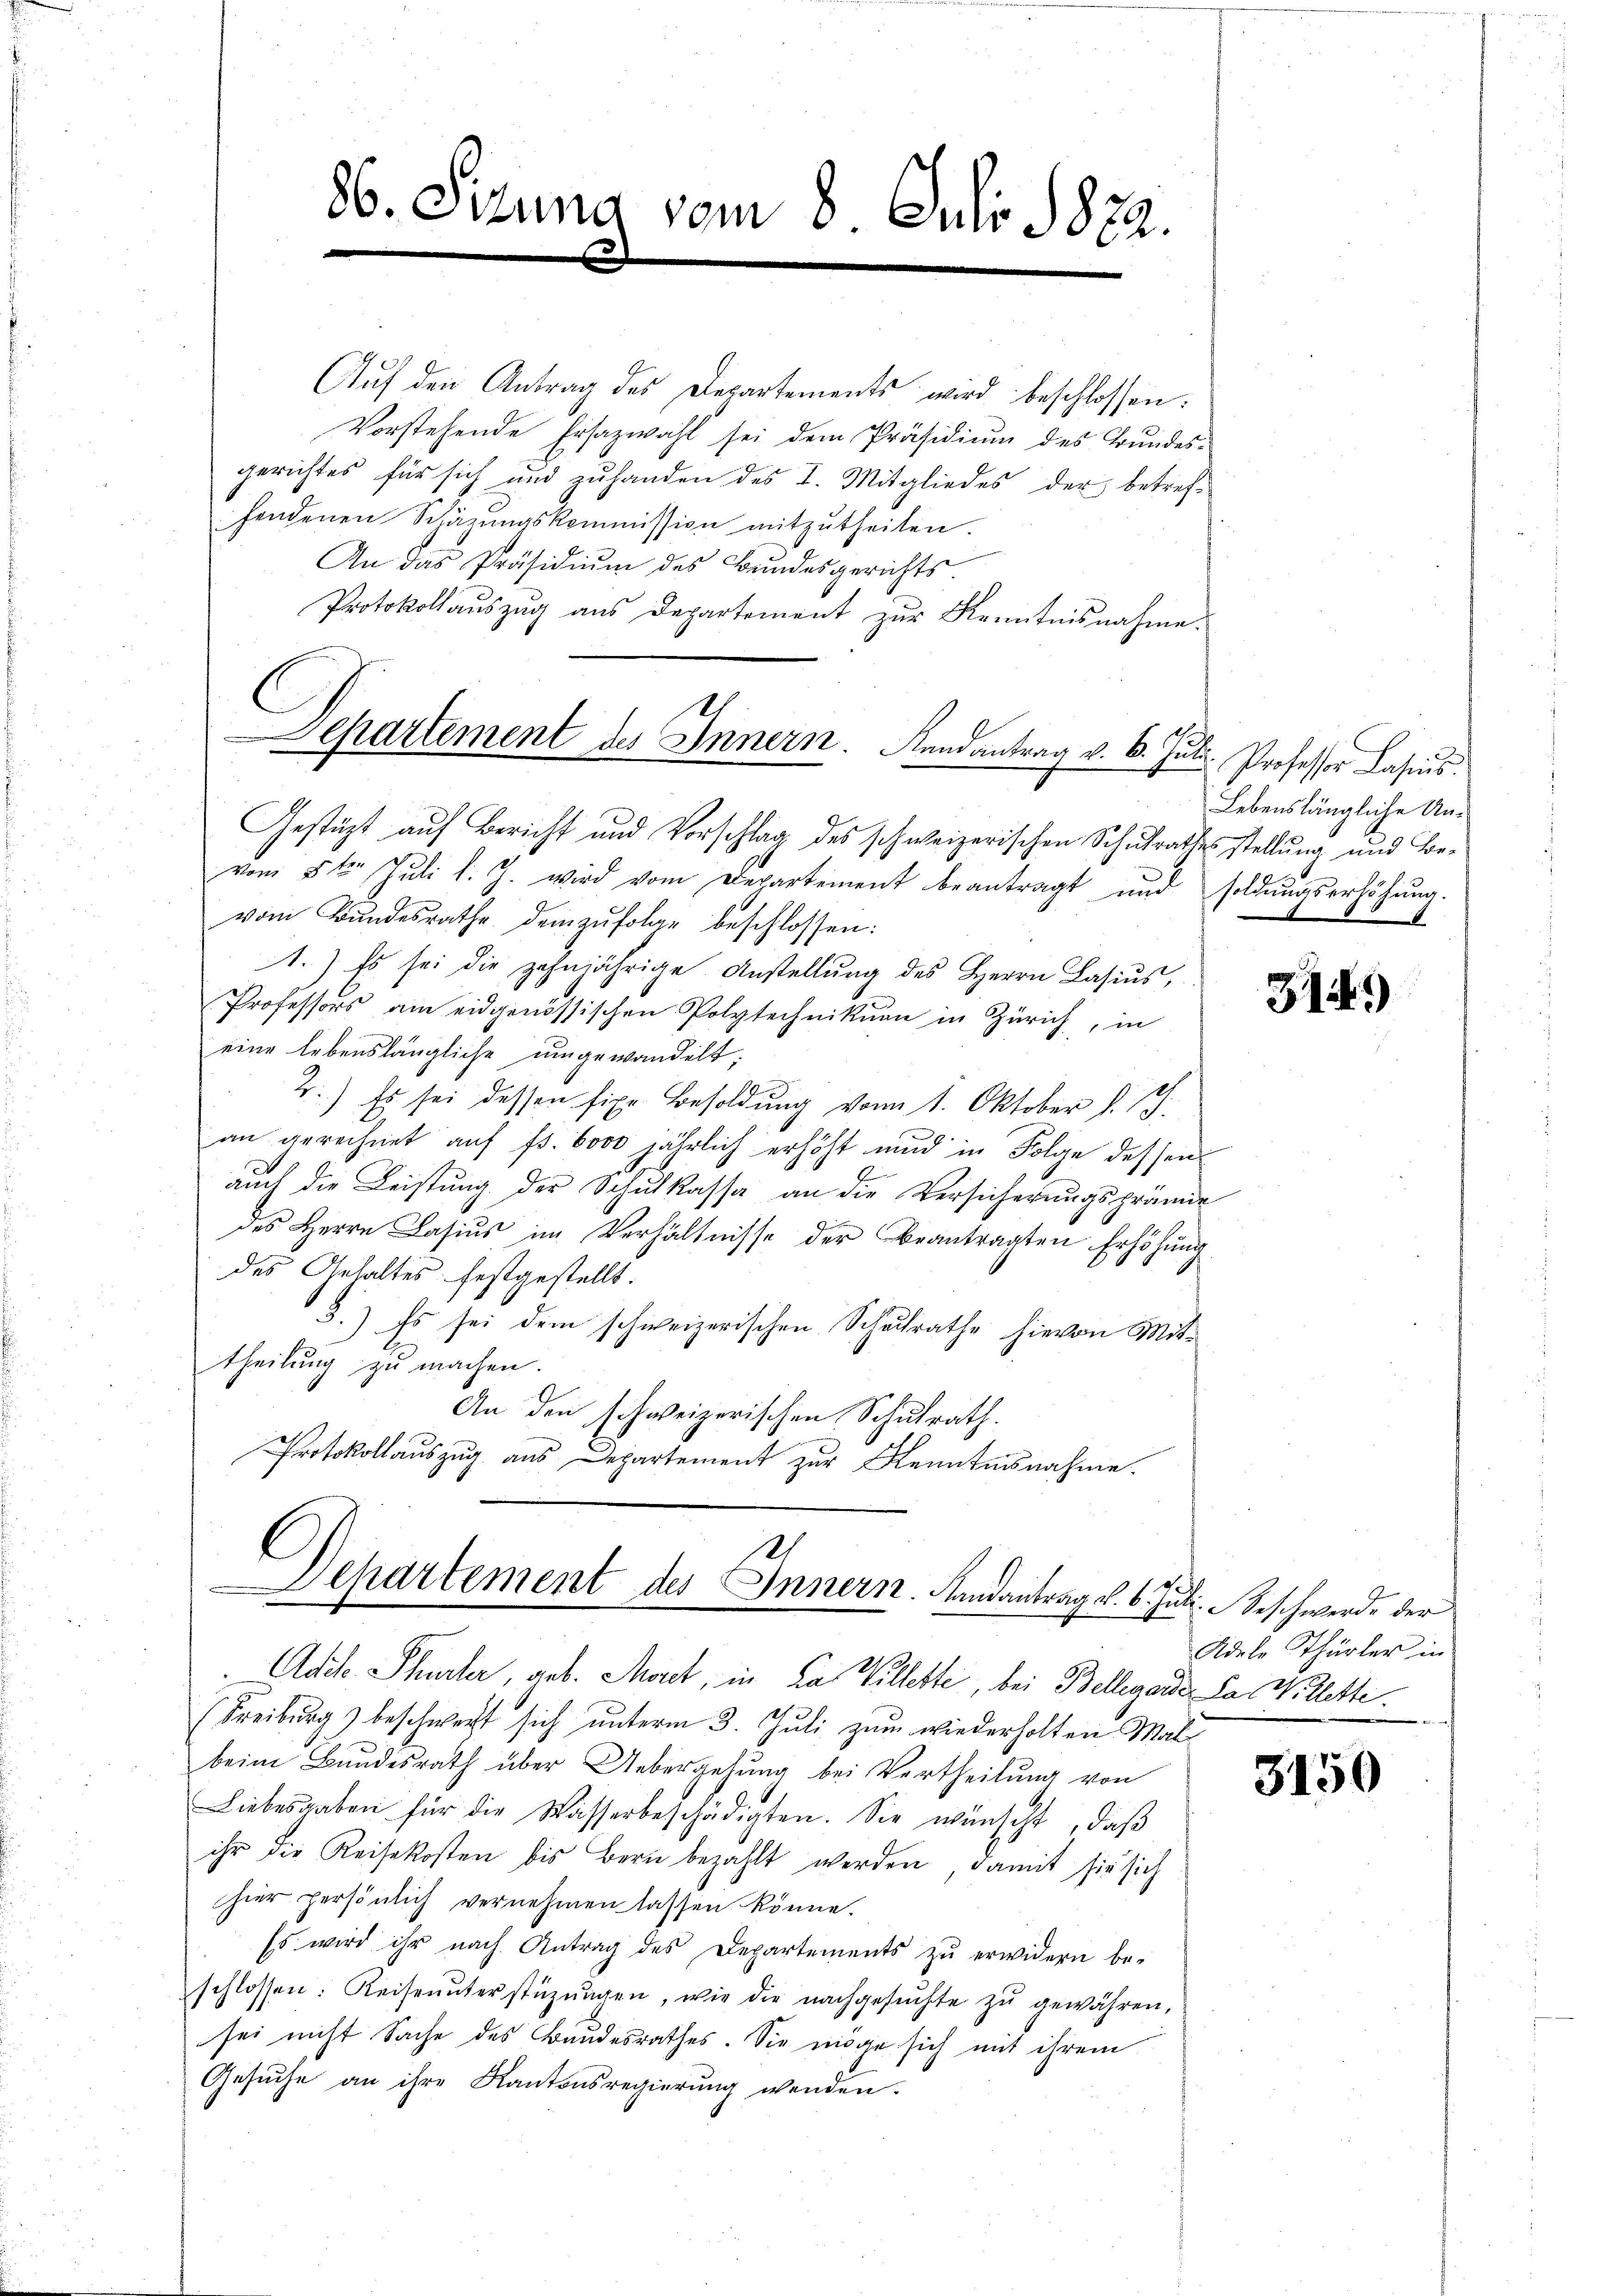
86. Sizung vom 8. Juli 1882.

Auf den Antrag des Departements wird beschlossen:
Vorstehende Ersazwahl sei dem Präsidiŭm des Grundes-
gerichtes für sich und zŭ handen des I. Mitgliedes der betref-
hendenen Schärŭngskommission mitzutheilen.
An das Präsidiŭm des Bŭndesgerichts-
Protokollauszug aus Departement zur Kenntnisnahme.
Ich

Separtement des Innern. Randantrag v. 6. Juli. Professor Casius.

Gestüzt auf Bericht und Vorschlag des schweizerischen Schulrathes stellung und Bevom 8ten Juli l. J. wird vom Departement beantragt und soldungserhöhung.
vom Bŭndesrathe demzufolge beschlossen:
1.) Es sei die zehnjährige Anstellung des Herrn Lasius,
Professors am eidgenössischen Polytechnikum in Zürich, in
eine lebenslängliche umgewandelt;
2.) Es sei dessen fixe Besoldung vom 1. Oktober d. S.
an gerechnet auf fs. 6000 jährlich erhöht und in Folge dessen
auch die Leistung der Schulkassa an die Versicherungsprämie
des Herrn Casiŭs im Verhältnisse der beantragten Erhöhŭng
des Gehaltes festgestellt.
3.) Es sei dem schweizerischen Schulrathe hievon Mit-
theilung zu machen.
An den schweizerischen Schulrath.
Protokollauszug aus Departement zur Kenntnisnahme.

1
Departement des Innern. Landantrag v. 6. Juli beschwerde der
Adite Thurter geb. Moret, in das Willette, bei Bellegarde das Willette.

Freiburg) beschwert sich unterm 3. Juli zum wiederholten Malbeim Bundesrath über Uebergehung bei Vertheilung von
Liebesgaben für die Wasserbeschädigten. Sie wünscht, daβ
ihr die Reisekosten bis Bern bezahlt werden, damit sie sich
hier persönlich vernehmen lassen könne.
Es wird ihr nach Antrag des Departements zu erwidern be-
schlossen: Keiseunterstützŭngen, wir die nachgesŭchte zŭ gewähren,
sei nicht Sache des Bandesrathes. Sie möge sich mit ihrem
Gesuche an ihre Kantonsregierung wenden.

Lebenslängliche An¬
6

314)

Adele Thürler in

3150